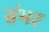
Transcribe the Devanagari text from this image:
संभर